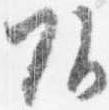
頭